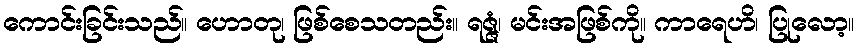
ကောင်းခြင်းသည်။ ဟောတု၊ ဖြစ်စေသတည်း။ ရဇ္ဇံ၊ မင်းအဖြစ်ကို။ ကာရေဟိ၊ ပြုလော့။